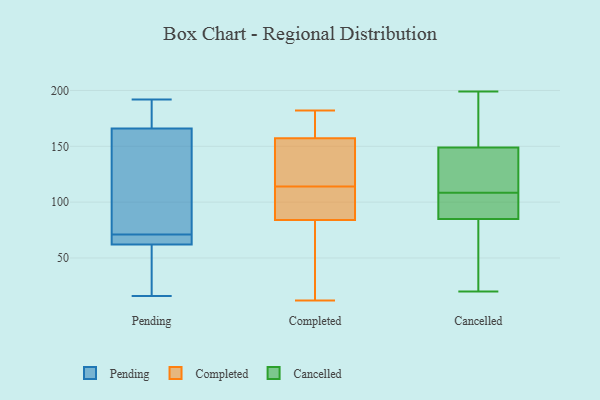
{"axis": {"x": "Inventory Turnover", "y": "Value"}, "legend": ["Cancelled", "Completed", "Pending"], "data": [{"x": "", "y": 85, "type": "Pending"}, {"x": "", "y": 16, "type": "Pending"}, {"x": "", "y": 67, "type": "Pending"}, {"x": "", "y": 67, "type": "Pending"}, {"x": "", "y": 75, "type": "Pending"}, {"x": "", "y": 166, "type": "Pending"}, {"x": "", "y": 167, "type": "Pending"}, {"x": "", "y": 192, "type": "Pending"}, {"x": "", "y": 62, "type": "Pending"}, {"x": "", "y": 18, "type": "Pending"}, {"x": "", "y": 114, "type": "Completed"}, {"x": "", "y": 43, "type": "Completed"}, {"x": "", "y": 173, "type": "Completed"}, {"x": "", "y": 152, "type": "Completed"}, {"x": "", "y": 104, "type": "Completed"}, {"x": "", "y": 174, "type": "Completed"}, {"x": "", "y": 182, "type": "Completed"}, {"x": "", "y": 12, "type": "Completed"}, {"x": "", "y": 121, "type": "Completed"}, {"x": "", "y": 142, "type": "Completed"}, {"x": "", "y": 97, "type": "Completed"}, {"x": "", "y": 63, "type": "Completed"}, {"x": "", "y": 91, "type": "Completed"}, {"x": "", "y": 86, "type": "Cancelled"}, {"x": "", "y": 135, "type": "Cancelled"}, {"x": "", "y": 149, "type": "Cancelled"}, {"x": "", "y": 32, "type": "Cancelled"}, {"x": "", "y": 28, "type": "Cancelled"}, {"x": "", "y": 85, "type": "Cancelled"}, {"x": "", "y": 118, "type": "Cancelled"}, {"x": "", "y": 181, "type": "Cancelled"}, {"x": "", "y": 157, "type": "Cancelled"}, {"x": "", "y": 131, "type": "Cancelled"}, {"x": "", "y": 90, "type": "Cancelled"}, {"x": "", "y": 99, "type": "Cancelled"}, {"x": "", "y": 20, "type": "Cancelled"}, {"x": "", "y": 199, "type": "Cancelled"}]}